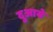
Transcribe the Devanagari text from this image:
दुआबे